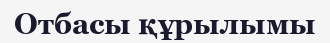
Отбасы құрылымы